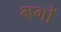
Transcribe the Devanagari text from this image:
भगों